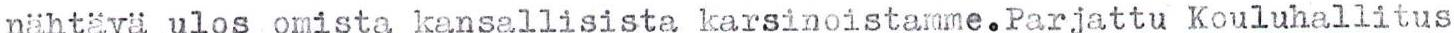
nähtävä ulos omista kansallisista karsinoistamme.Parjattu Kouluhallitus